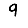
Digit: 9